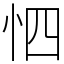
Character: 怬